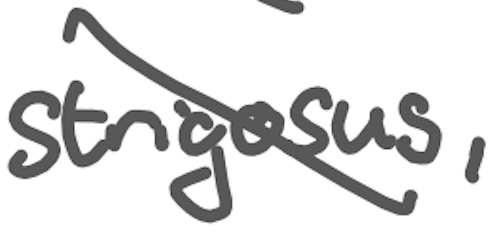
Text: strigosus,
Cross-out: diagonal
Writing tool: digital_gray